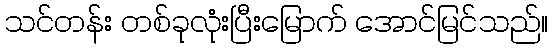
သင်တန်း တစ်ခုလုံးပြီးမြောက် အောင်မြင်သည်။